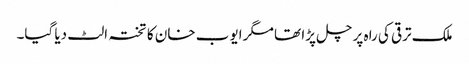
ملک ترقی کی راہ پر چل پڑا تھا مگر ایوب خان کا تختہ الٹ دیا گیا۔